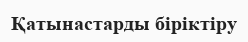
Қатынастарды біріктіру